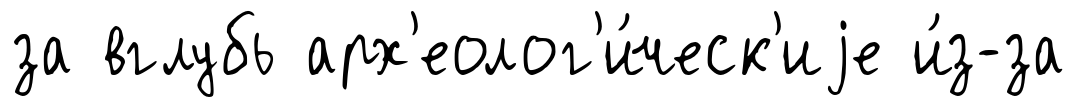
за вглубь арх'еолог'и́ческ'иjе и́з-за